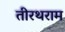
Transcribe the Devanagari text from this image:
तीरथराम